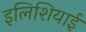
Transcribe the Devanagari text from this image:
इलिशियाई